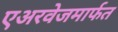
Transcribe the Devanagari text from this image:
एअरवेजमार्फत